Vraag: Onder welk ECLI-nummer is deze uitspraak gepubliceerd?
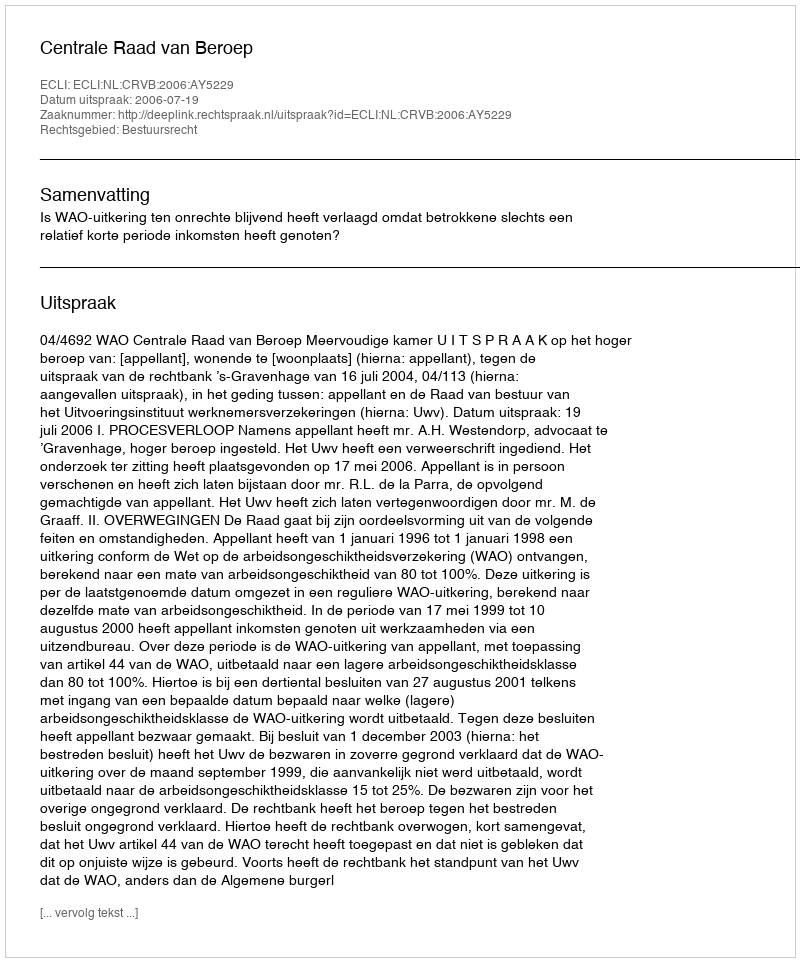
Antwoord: ECLI:NL:CRVB:2006:AY5229